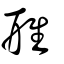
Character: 雃